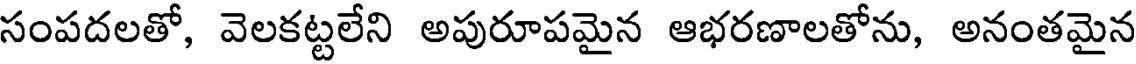
సంపదలతో, వెలకట్టలేని అపురూపమైన ఆభరణాలతోను, అనంతమైన